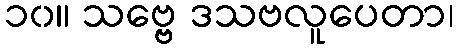
၁၀။ သဗ္ဗေ ဒသဗလူပေတာ၊